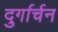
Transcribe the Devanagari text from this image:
दुर्गार्चन